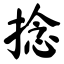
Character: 捻